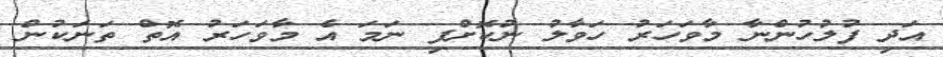
އަދި ފުލުހުންނާ މާވަހަރު ހަވާލު ނުކޮށްފި ނަމަ އެ މާވަހަރު އޮތް ތަނަކުން